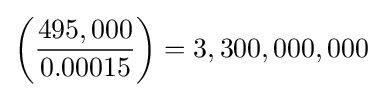
\left({\frac {495,000}{0.00015}}\right)=3,300,000,000